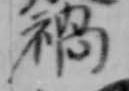
禍